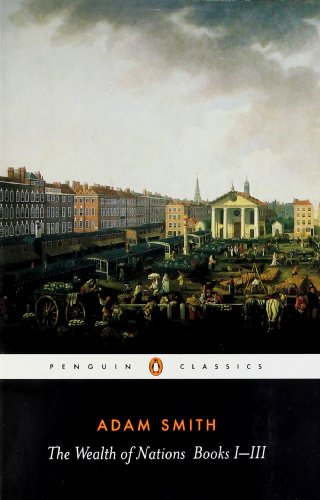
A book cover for The Wealth of Nations: Books 1-3 (Penguin Classics) (Bks.1-3); Adam Smith; Business & Money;